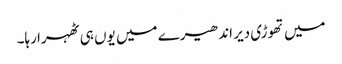
میں تھوڑی دیر اندھیرے میں یوں ہی ٹھہرا رہا۔